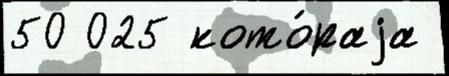
50 025 кото́раjа